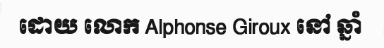
ដោយ លោក Alphonse Giroux នៅ ឆ្នាំ